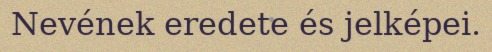
Nevének eredete és jelképei.